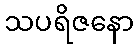
သပရိဇနော